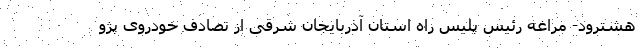
هشترود- مراغه رئیس پلیس راه استان آذربایجان شرقی از تصادف خودروی پژو